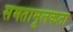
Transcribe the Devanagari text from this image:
समतामूलकता